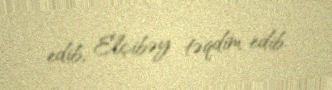
edib, Elçibəy təqdim edib.